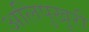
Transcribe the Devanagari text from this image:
अलिपुखुरी